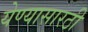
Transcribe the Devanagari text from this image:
येण्यासारठी